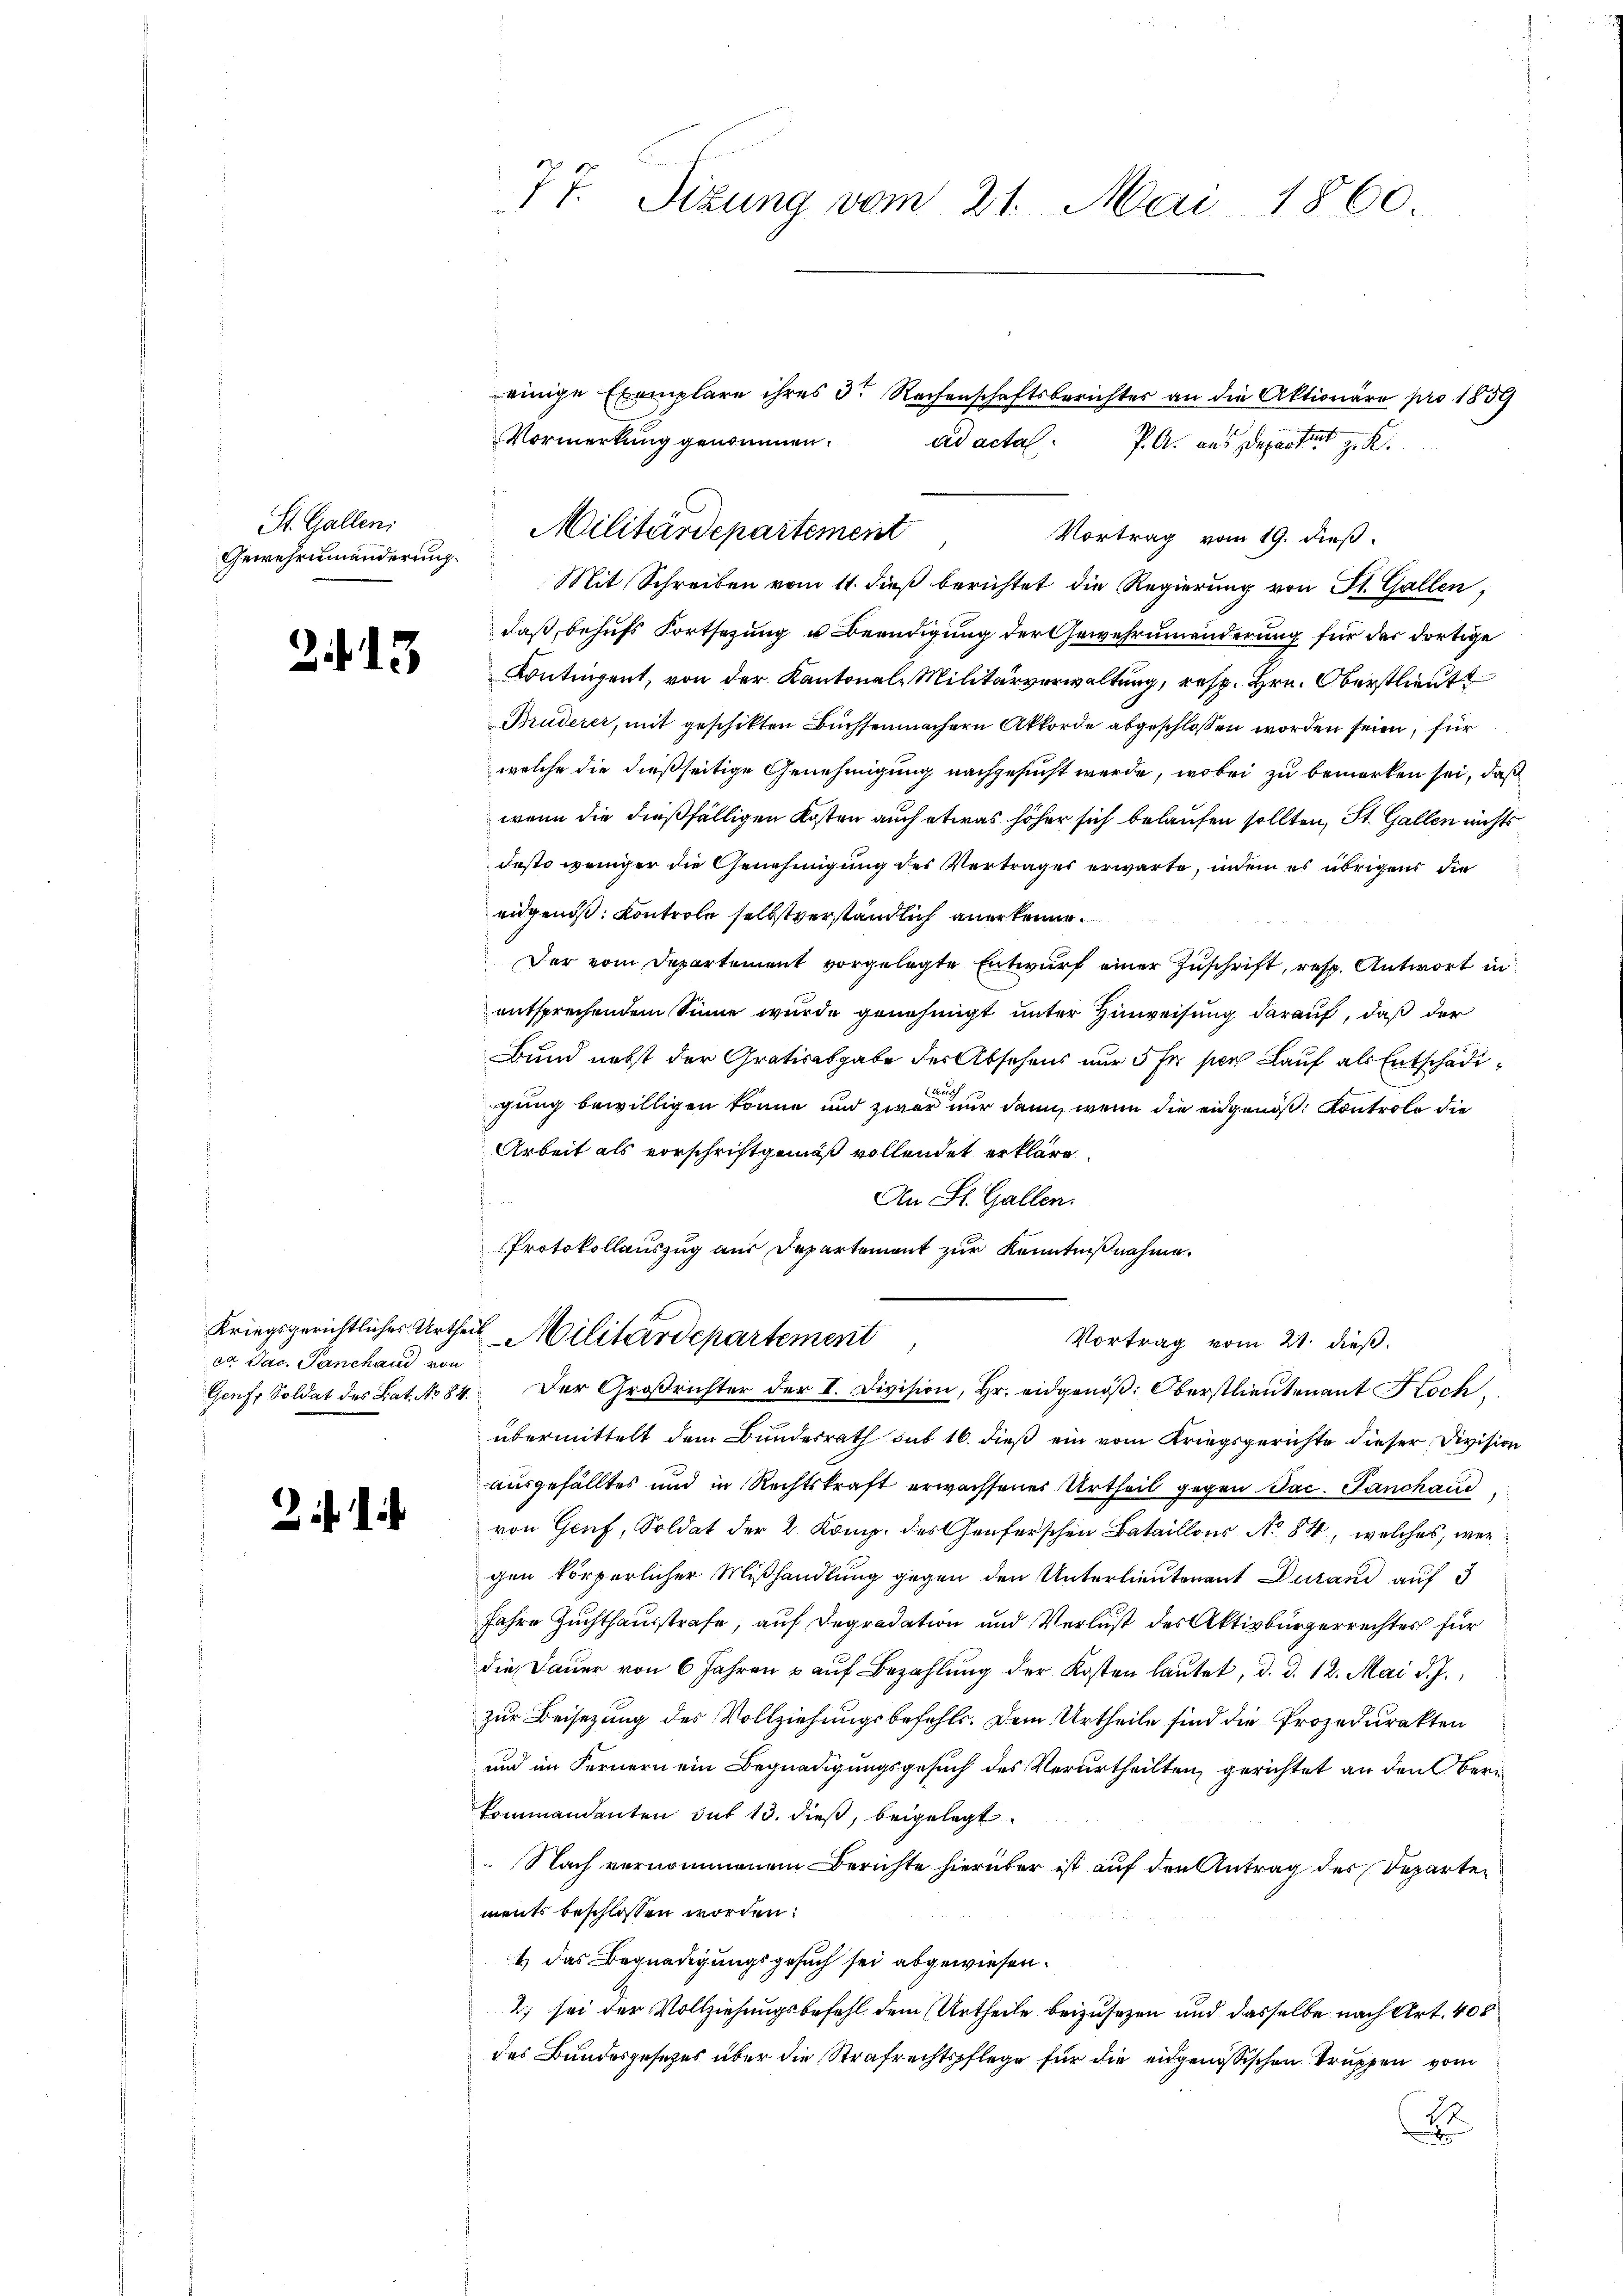
St. Gallen;
Gewehrnmänderung.

2. 13

ea Jac. Panchand von

77. Sizung vom 21. Mai 1860.

P. A. aus Departeit gut.
Mit Schreiben vom 11. dieß berichtet die Regierung von St. Gallen,
daß, behufs Fortsezung u Beendigung der Gewehrumänderung für der dortige
Kontingent, von der Kantonal-Militärverwaltung, resp. Hrn. Oberstlieut
Bruderer, mit geschikten Büchsenmachern Akkorde abgeschlossen worden seien, für
welche die dießseitige Genehmigung nachgesucht werde, wobei zu bemerken sei, daß
wenn die dießfälligen Kosten auch etwas höher sich belaufen sollten, St. Gallen nichts
Festo weniger die Genehmigung des Vertrages erwarte, indem es übrigens die
eidgenöß: Kontrole selbstverständlich anerkenne.
Der vom Departement vorgelegte Entwurf einer Zuschrift, resp. Antwort in
entsprechendem Sinne wurde genehmigt unter Hinweisung darauf, daß der
Bund nebst der Gratisabgabe der Absehens nur 5 Fr. pers Lauf als Entschädi¬
Auch
gung bewilligen könne und zwar nur dann, wenn die eidgenoß, Kontrolo die
Arbeit als vorschriftgemäß vollendet erkläre.
An St. Gallen.
Protokollauszug aus Departement zur Kenntnißnahme.
Kriegsgerichtliches Urtheil Militärdepartement
Vortrag vom 21. dieß.
Genf, Soldat des Bat. No 84. Der Großrichter der I. Division, Hr. eidgenöβ: Oberstlieutenant Koch
übermittelt dem Bundesrath sub 16. dieß ein vom Kriegsgerichte dieser Division
ausgefälltes und in Rechtskraft erwachsenes Urtheil gegen Jac. Panchand,
von Genf, Soldat der 2 Komp. des Genferschen Bataillons No 84, welches, wen
gen körperlicher Mißhandlung gegen den Unterlieutenant durand auf 3
Jahre Zuchthausstrafe, auf Degradation und Verlust des Aktivbürgerrechtes für
die Dauer von 6 Jahren u aŭf Bezahlung der Kosten lautet, d. d. 12. Mai d. J.,
zur Beisezung des Vollziehungsbefehls. Dem Urtheile sind die Prozedurakten
und im Fernern ein Begnadigungsgesuch des Verurtheilten, gerichtet an den Beri
kommandanten sub 13. dieß, beigelegt.
 Nach vernommenem Berichte hierüber ist auf den Antrag der Departen
ments beschlossen worden:
1) das Begnadigungsgesuch sei abgewiesen.
2) sei der Vollziehungsbefehl dem Urtheile beizusetzen und dasselbe nach Art. 400
des Bundesgesetzes über die Strafrechtspflege für die eidgenössischen Truppen vom
H

Vormerkung genommen.
Militärdepartement
Vortrag vom 19. dieß

einige Exemplare ihres 3te Rechenschaftsberichter an die Aktionäre pro 1859
ad acta.